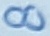
Text: 8